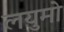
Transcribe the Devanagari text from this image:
लयुमो